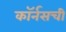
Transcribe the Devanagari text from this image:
कॉर्नसची